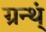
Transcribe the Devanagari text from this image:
ग्रन्थ्ं